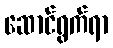
ဆောင်ရွက်ရာ